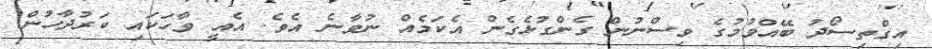
އިގްތިސޯދު ބޭއްވުމުގެ ވިސްނުން ގެންގުޅެގެން އެކަމެއް ނުވާނެ އެވެ. އެއީ ވާހަކައި ކަރުދާހުން